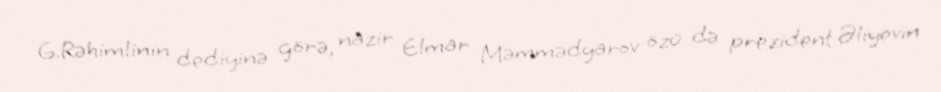
G.Rəhimlinin dediyinə görə, nazir Elmar Məmmədyarov özü də prezident Əliyevin